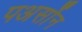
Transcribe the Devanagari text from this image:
पअर्सोन